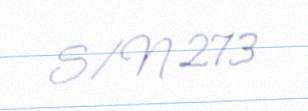
S/N 273